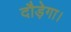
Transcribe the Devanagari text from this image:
दौड़ेगा।